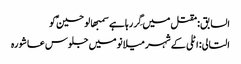
السابق: مقتل میں گِر رہا ہے سمبھالو حسینؑ کو
التالی: اٹلی کے شہر میلانو میں جلوس عاشورہ